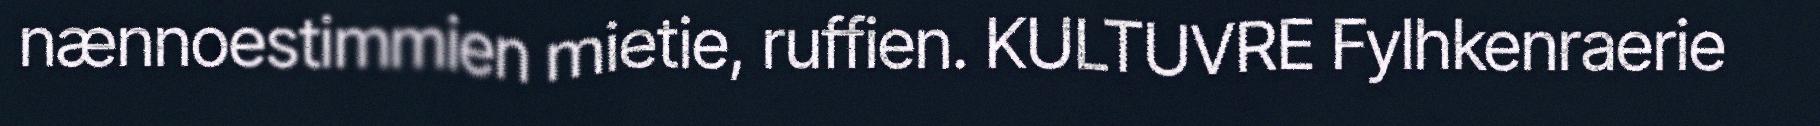
nænnoestimmien mietie, ruffien. KULTUVRE Fylhkenraerie